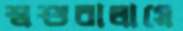
শ্বশুরালায়ে